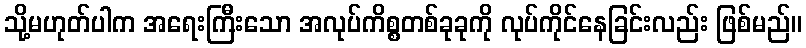
သို့မဟုတ်ပါက အရေးကြီးသော အလုပ်ကိစ္စတစ်ခုခုကို လုပ်ကိုင်နေခြင်းလည်း ဖြစ်မည်။